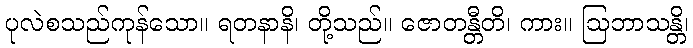
ပုလဲစသည်ကုန်သော။ ရတနာနိ၊ တို့သည်။ ဇောတန္တီတိ၊ ကား။ ဩဘာသန္တိ၊